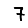
Digit: 7